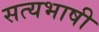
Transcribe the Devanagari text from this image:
सत्यभाषी